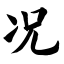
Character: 况